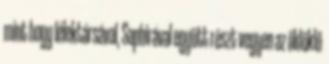
mint hogy lélektársával, Saphirával együtt részt vegyen az öldöklő